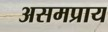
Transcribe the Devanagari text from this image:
असमप्राय